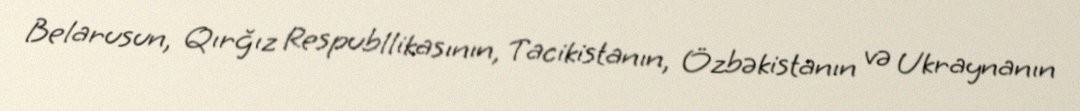
Belarusun, Qırğız Respubllikasının, Tacikistanın, Özbəkistanın və Ukraynanın